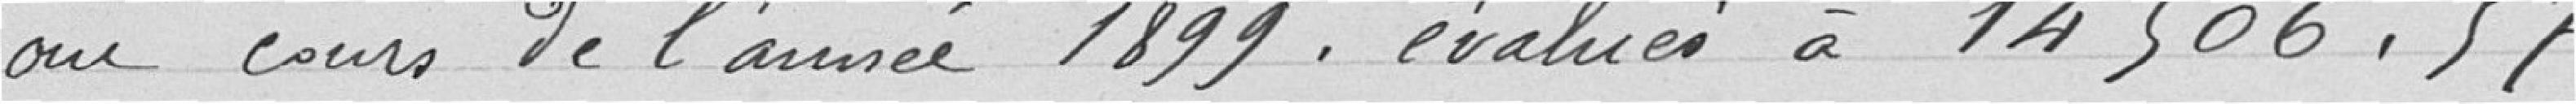
au cours de l'année 1899, évalués à 14.506,57